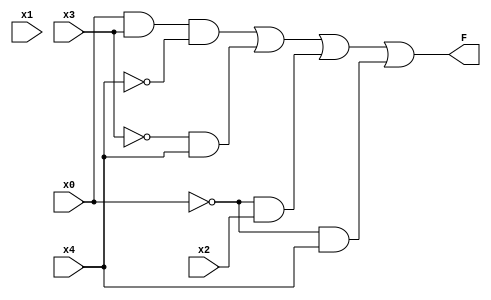
//F(x0, x1, x2, x3, x4) = x0x3x4' + x3'x4 + x0'x2 + x0'x4

module lab1(x0, x1, x2, x3, x4, F);
input x0, x1, x2, x3, x4;
output F;

wire not_x0, not_x3, not_x4, p1, p2, p3, p4;

not n1(not_x0, x0), n2(not_x3, x3), n3(not_x4, x4);
and a1(p1, x0, x3, not_x4), 
    a2(p2, not_x3, x4), 
    a3(p3, not_x0, x2),
    a4(p4, not_x0, x4);
or  o1(F, p1, p2, p3, p4);

endmodule